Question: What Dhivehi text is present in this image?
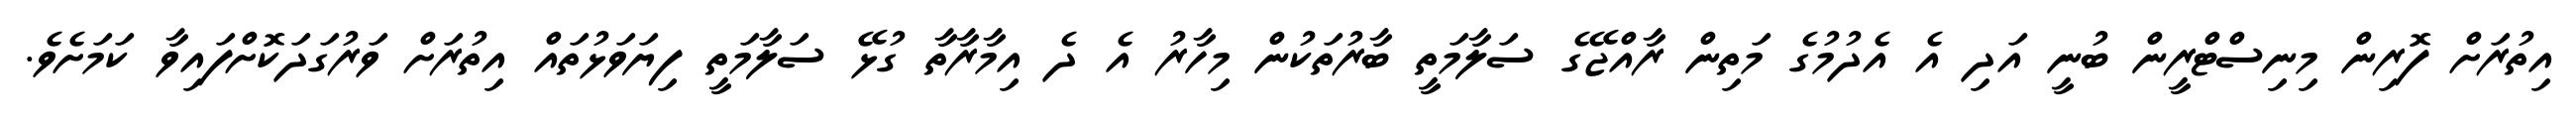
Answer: އިތުރަށް ފޮރިން މިނިސްޓްރީން ބުނީ އަދި އެ އެދުމުގެ މަތިން ރާއްޖޭގެ ސަލާމަތީ ބާރުތަކުން މިހާރު އެ ދެ އިމާރާތާ ގުޅޭ ސަލާމަތީ ފިޔަވަޅުތައް އިތުރަށް ވަރުގަދަކޮށްފައިވާ ކަމަށެވެ.